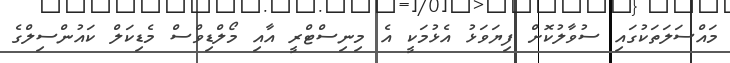
މައްސަލަތަކުގައި ސުވާލުކޮށް ފިޔަވަޅު އެޅުމަކީ އެ މިނިސްޓްރީ އާއި މޯލްޑިވްސް މެޑިކަލް ކައުންސިލްގެ